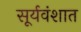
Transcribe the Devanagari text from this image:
सूर्यवंशात